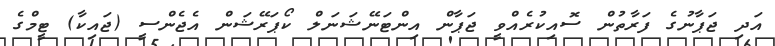
އަދި ޖަޕާނުގެ ފަރާތުން ސޮއިކުރެއްވީ ޖަޕާން އިންޓަނޭޝަނަލް ކޯޕަރޭޝަން އެޖެންސީ (ޖައިކާ) ޓީމްގެ